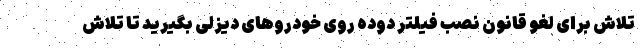
تلاش برای لغو قانون نصب فیلتر دوده روی خودروهای دیزلی بگیرید تا تلاش